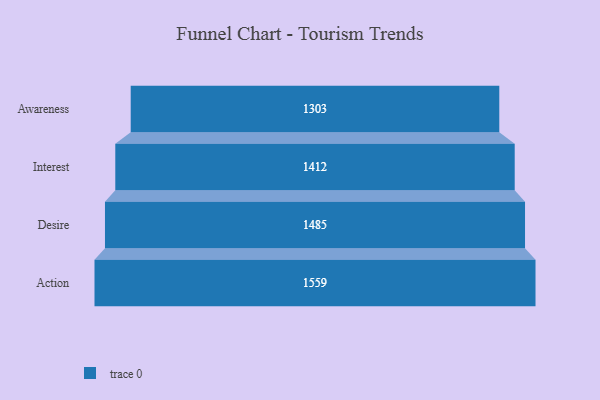
{"axis": {"x": "Stage", "y": "Value"}, "legend": [""], "data": [{"x": "Awareness", "y": 1303.0, "type": ""}, {"x": "Interest", "y": 1412.0, "type": ""}, {"x": "Desire", "y": 1485.0, "type": ""}, {"x": "Action", "y": 1559.0, "type": ""}]}